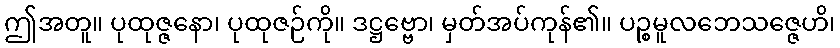
ဤအတူ။ ပုထုဇ္ဇနော၊ ပုထုဇဉ်ကို။ ဒဋ္ဌဗ္ဗော၊ မှတ်အပ်ကုန်၏။ ပဉ္စမူလဘေသဇ္ဇေဟိ၊